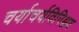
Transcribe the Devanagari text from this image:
चर्याचर्यविनिश्चय